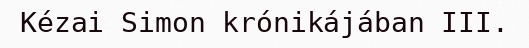
Kézai Simon krónikájában III.